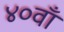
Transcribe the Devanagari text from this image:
४०वाँ